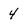
Character: 4